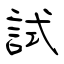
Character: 試